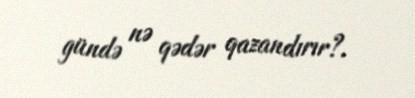
gündə nə qədər qazandırır?.